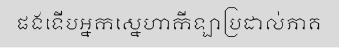
ផងទើបអ្នកស្នេហាកីឡាប្រដាល់ភាគ